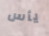
يأس